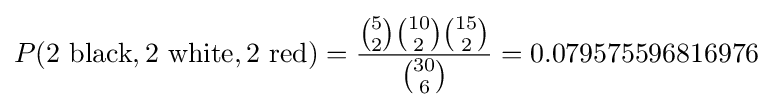
P(2{\text{ black}},2{\text{ white}},2{\text{ red}})={{{5 \choose 2}{10 \choose 2}{15 \choose 2}} \over {30 \choose 6}}=0.079575596816976